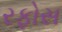
રફોસ